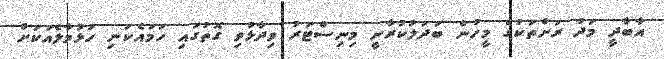
އާބާދީ މަދު ރަށްތަކުގެ މީހުން ބަދަލުކުރާނީ މިނިސްޓަރު ވިދާޅުވި ގޮތުގައި ހަމައެކަނި ހުޅުމާލެއަކަށް